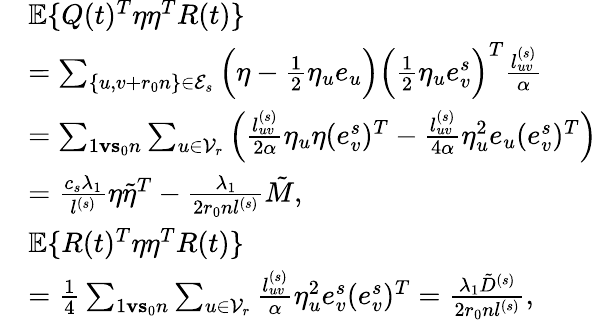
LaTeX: \begin{array}{rl}&{\mathbb{E}\{ Q(t)^{T}\eta\eta^{T}R(t)\} }\\ &{=\sum_{\{ u,v+r_{0}n\} \in\mathcal{E}_{s}}\Big(\eta-\frac 12\eta_{u}e_{u}\Big)\Big(\frac 12\eta_{u}e_{v}^{s}\Big)^{T}\frac{l_{uv}^{(s)}}{\alpha}}\\ &{=\sum_{1\le v\le s_{0}n}\sum_{u\in\mathcal{V}_{r}}\Big(\frac{l_{uv}^{(s)}}{2\alpha}\eta_{u}\eta(e_{v}^{s})^{T}-\frac{l_{uv}^{(s)}}{4\alpha}\eta_{u}^{2}e_{u}(e_{v}^{s})^{T}\Big)}\\ &{=\frac{c_{s}\lambda_{1}}{l^{(s)}}\eta\tilde{\eta}^{T}-\frac{\lambda_{1}}{2r_{0}nl^{(s)}}\tilde{M},}\\ &{\mathbb{E}\{ R(t)^{T}\eta\eta^{T}R(t)\} }\\ &{=\frac 14\sum_{1\le v\le s_{0}n}\sum_{u\in\mathcal{V}_{r}}\frac{l_{uv}^{(s)}}{\alpha}\eta_{u}^{2}e_{v}^{s}(e_{v}^{s})^{T}=\frac{\lambda_{1}\tilde{D}^{(s)}}{2r_{0}nl^{(s)}},}\end{array}